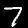
Label: 7